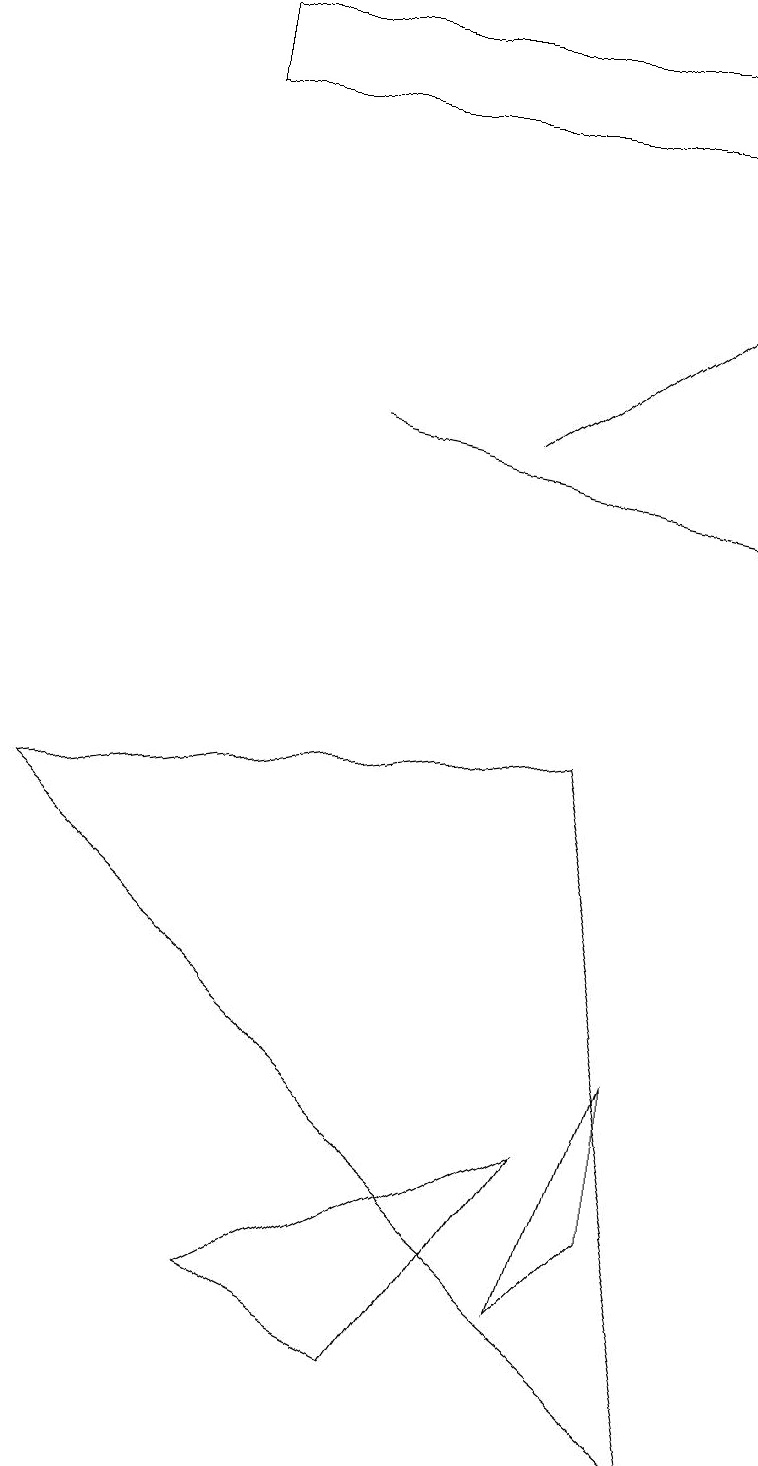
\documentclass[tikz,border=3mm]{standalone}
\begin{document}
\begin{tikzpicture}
\draw[->] (4,13) -- (9,12);
\draw (9,17) rectangle (2,18);
\draw (5,1) -- (3,2) -- (7,4) -- cycle;
\draw (8,3) -- (8,5) -- (7,2) -- cycle;
\draw (0,8) -- (7,9) -- (9,0) -- cycle;
\draw[->] (6,13) -- (9,15);
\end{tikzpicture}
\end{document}